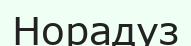
Норадуз